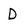
Character: D